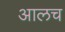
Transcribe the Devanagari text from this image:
आलच